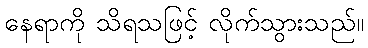
နေရာကို သိရသဖြင့် လိုက်သွားသည်။